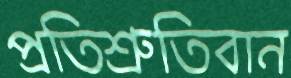
প্রতিশ্রুতিবান